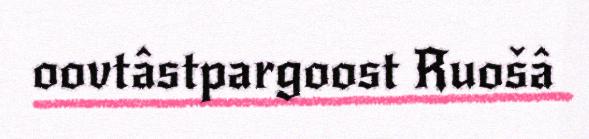
oovtâstpargoost Ruošâ